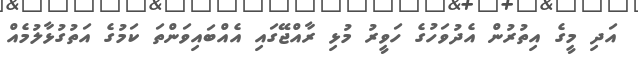
އަދި މީގެ އިތުރުން އެދުވަހުގެ ހަވީރު މުޅި ރާއްޖޭގައި އެއްބައިވަންތަ ކަމުގެ އަތުގުޅާލުމެއް